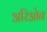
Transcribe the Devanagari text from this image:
अरिओन